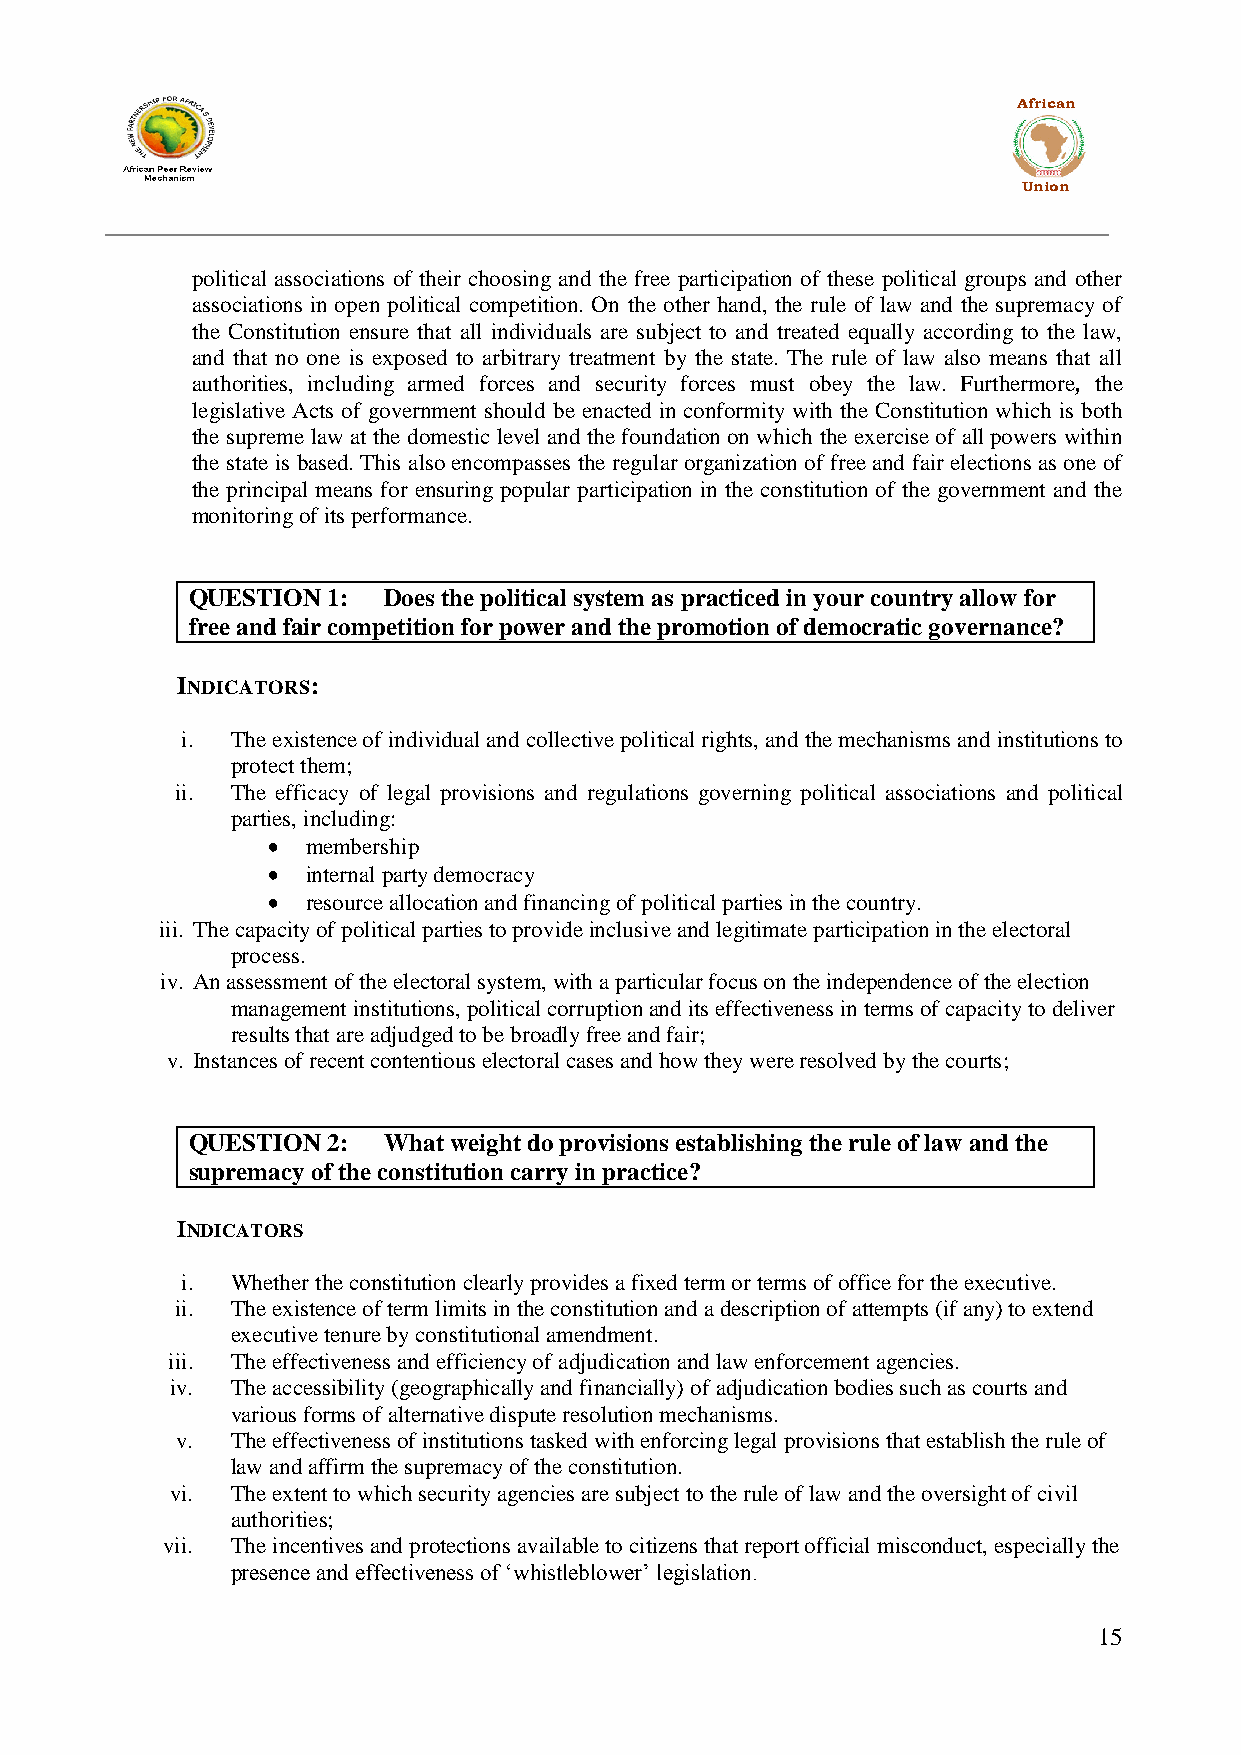
African
 Union
 political associations of their choosing and the free participation of these political groups and other
 associations in open political competition. On the other hand, the rule of law and the supremacy of
 the Constitution ensure that all individuals are subject to and treated equally according to the law,
 and that no one is exposed to arbitrary treatment by the state. The rule of law also means that all
 authorities, including armed forces and security forces must obey the law. Furthermore, the
 legislative Acts of government should be enacted in conformity with the Constitution which is both
 the supreme law at the domestic level and the foundation on which the exercise of all powers within
 the state is based. This also encompasses the regular organization of free and fair elections as one of
 the principal means for ensuring popular participation in the constitution of the government and the
 monitoring of its performance.
 QUESTION  1: Does the political system as practiced in your country allow for
 free and fair competition for power and the promotion of democratic governance?
 INDICATORS:
 i. The existence of individual and collective political rights, and the mechanisms and institutions to
 protect them;
 ii. The efficacy of legal provisions and regulations governing political associations and political
 parties, including:
 membership
 internal party democracy
 resource allocation and financing of political parties in the country.
 iii. The capacity of political parties to provide inclusive and legitimate participation in the electoral
 process.
 iv. An assessment of the electoral system, with a particular focus on the independence of the election
 management institutions, political corruption and its effectiveness in terms of capacity to deliver
 results that are adjudged to be broadly free and fair;
 v. Instances of recent contentious electoral cases and how they were resolved by the courts;
 QUESTION  2: What weight do provisions establishing the rule of law and the
 supremacy of the constitution carry in practice?
 INDICATORS
 i. Whether the constitution clearly provides a fixed term or terms of office for the executive.
 ii. The existence of term limits in the constitution and a description of attempts (if any) to extend
 executive tenure by constitutional amendment.
 iii. The effectiveness and efficiency of adjudication and law enforcement agencies.
 iv. The accessibility (geographically and financially) of adjudication bodies such as courts and
 various forms of alternative dispute resolution mechanisms.
 v. The effectiveness of institutions tasked with enforcing legal provisions that establish the rule of
 law and affirm the supremacy of the constitution.
 vi. The extent to which security agencies are subject to the rule of law and the oversight of civil
 authorities;
 vii. The incentives and protections available to citizens that report official misconduct, especially the
 presence and effectiveness of „whistleblower‟ legislation.
 15